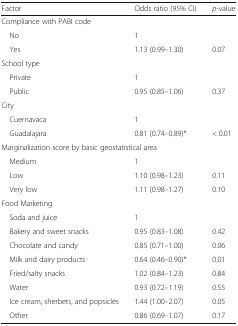
| Factor | Odds ratio (95% CI) | p-value |
 | --- | --- | --- |
 | <COLSPAN=3> Compliance with PABI code |
 | No | 1 |  |
 | Yes | 1.13 (0.99–1.30) | 0.07 |
 | <COLSPAN=3> School type |
 | Private | 1 |  |
 | Public | 0.95 (0.85–1.06) | 0.37 |
 | <COLSPAN=3> City |
 | Cuernavaca | 1 |  |
 | Guadalajara | 0.81 (0.74–0.89)* | < 0.01 |
 | <COLSPAN=3> Marginalization score by basic geostatistical area |
 | Medium | 1 |  |
 | Low | 1.10 (0.98–1.23) | 0.11 |
 | Very low | 1.11 (0.98–1.27) | 0.10 |
 | <COLSPAN=3> Food Marketing |
 | Soda and juice | 1 |  |
 | Bakery and sweet snacks | 0.95 (0.83–1.08) | 0.42 |
 | Chocolate and candy | 0.85 (0.71–1.00) | 0.06 |
 | Milk and dairy products | 0.64 (0.46–0.90)* | 0.01 |
 | Fried/salty snacks | 1.02 (0.84–1.23) | 0.84 |
 | Water | 0.93 (0.72–1.19) | 0.55 |
 | Ice cream, sherbets, and popsicles | 1.44 (1.00–2.07) | 0.05 |
 | Other | 0.86 (0.69–1.07) | 0.17 |